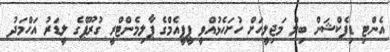
އެންޓި ޑިފެކްޝަން ބިލް މަޖިލީހަށް ހުށަހެޅުއްވީ ޕީޕީއެމްގެ ޕާލިމެންޓްރީ ގުރޫޕްގެ ލީޑަރު އަހްމަދު